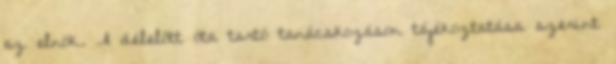
az elnök. A délelőtt óta tartó tanácskozáson tájékoztatása szerint